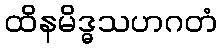
ထိနမိဒ္ဓသဟဂတံ